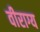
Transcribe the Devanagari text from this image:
वीराग्य